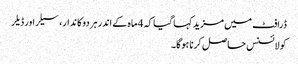
ڈرافٹ میں مزید کہا گیا کہ 4 ماہ کے اندر ہر دوکاندار، سیلراور ڈیلر
کو لائسنس حاصل کرنا ہوگا۔